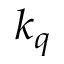
k _ { q }